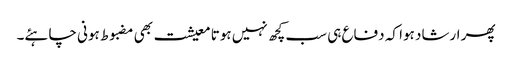
پھر ارشاد ہوا کہ دفاع ہی سب کچھ نہیں ہوتا معیشت بھی مضبوط ہونی چاہئے۔